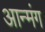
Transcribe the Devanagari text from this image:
आन्मंग